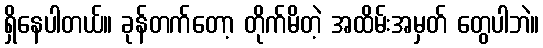
ရှိနေပါတယ်။ ခုန်တက်တော့ တိုက်မိတဲ့ အထိမ်းအမှတ် တွေပါဘဲ။